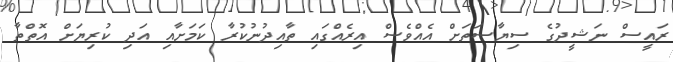
ރައީސް ނަޝީދުގެ ސިޔާސަތަށް އެއްވެސް އިރެއްގައި ތާއިދުނުކުރާ ކަމަށާއި އަދި ކުރިޔަށް އޮތްތާ